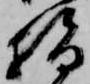
指